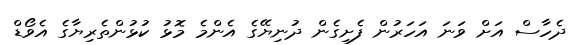
ދެހާސް އަށް ވަނަ އަހަރުން ފެށިގެން ދުނިޔޭގެ އެންމެ މޮޅު ކުޅުންތެރިޔާގެ އެވޯޑް